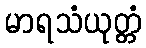
မာရသံယုတ္တံ